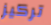
تركيز